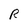
Character: R